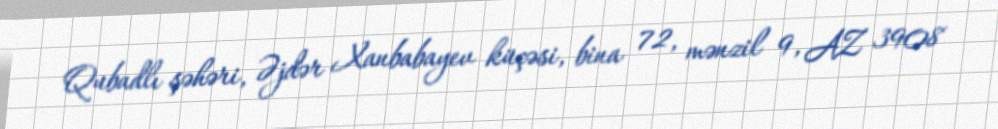
Qubadlı şəhəri, Əjdər Xanbabayev küçəsi, bina 72, mənzil 9, AZ 3908